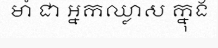
មាំ ជា អ្នកឈ្លាស ក្នុង